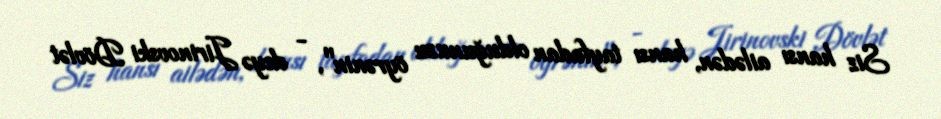
Siz hansı ailədən, hansı tayfadan olduğunuzu öyrənin", - deyə Jirinovski Dövlət